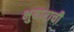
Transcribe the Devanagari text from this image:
भुयाराची